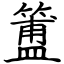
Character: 簠